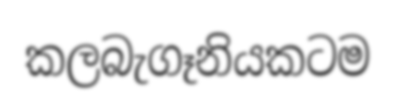
කලබැගෑනියකටම